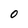
Character: O